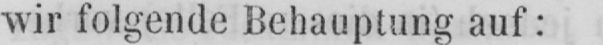
wir folgende Behauptung auf: